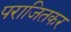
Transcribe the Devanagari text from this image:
पराजितकर